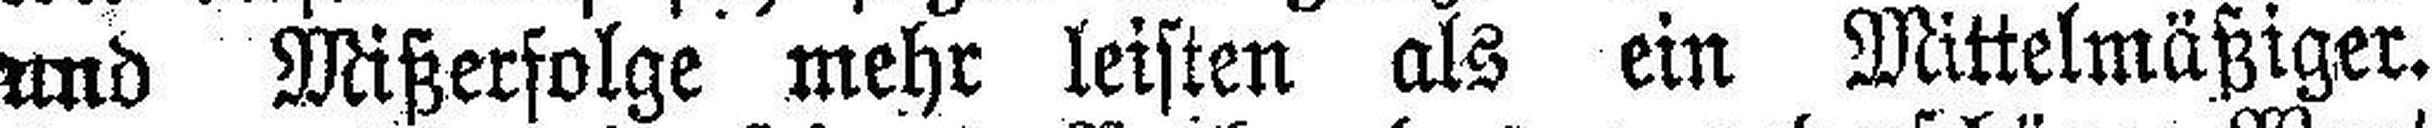
und Mißerfolge mehr leisten als ein Mittelmäßiger.